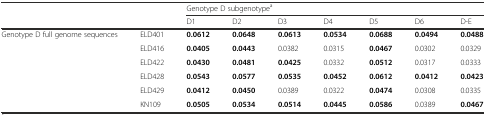
<table><thead><tr><td></td><td></td><td colspan="7"><b>Genotype D subgenotype<sup>a</sup></b></td></tr><tr><td colspan="2"></td><td><b>D1</b></td><td><b>D2</b></td><td><b>D3</b></td><td><b>D4</b></td><td><b>D5</b></td><td><b>D6</b></td><td><b>D-E</b></td></tr></thead><tbody><tr><td rowspan="6">Genotype D full genome sequences</td><td>ELD401</td><td><b>0.0612</b></td><td><b>0.0648</b></td><td><b>0.0613</b></td><td><b>0.0534</b></td><td><b>0.0688</b></td><td><b>0.0494</b></td><td><b>0.0488</b></td></tr><tr><td>ELD416</td><td><b>0.0405</b></td><td><b>0.0443</b></td><td>0.0382</td><td>0.0315</td><td><b>0.0467</b></td><td>0.0302</td><td>0.0329</td></tr><tr><td>ELD422</td><td><b>0.0430</b></td><td><b>0.0481</b></td><td><b>0.0425</b></td><td>0.0332</td><td><b>0.0512</b></td><td>0.0317</td><td>0.0333</td></tr><tr><td>ELD428</td><td><b>0.0543</b></td><td><b>0.0577</b></td><td><b>0.0535</b></td><td><b>0.0452</b></td><td><b>0.0612</b></td><td><b>0.0412</b></td><td><b>0.0423</b></td></tr><tr><td>ELD429</td><td><b>0.0412</b></td><td><b>0.0450</b></td><td>0.0389</td><td>0.0322</td><td><b>0.0474</b></td><td>0.0308</td><td>0.0335</td></tr><tr><td>KN109</td><td><b>0.0505</b></td><td><b>0.0534</b></td><td><b>0.0514</b></td><td><b>0.0445</b></td><td><b>0.0586</b></td><td>0.0389</td><td><b>0.0467</b></td></tr></tbody></table>